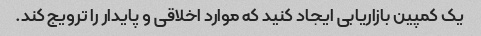
یک کمپین بازاریابی ایجاد کنید که موارد اخلاقی و پایدار را ترویج کند.